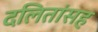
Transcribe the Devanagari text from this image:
दलितांसह